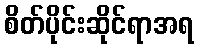
စိတ်ပိုင်းဆိုင်ရာအရ